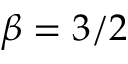
\beta = 3 / 2